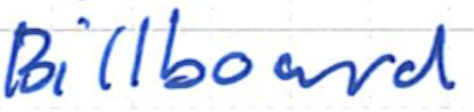
Text: Billboard
Cross-out: clean
Writing tool: ballpoint